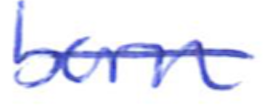
Text: born
Cross-out: single-line
Writing tool: ballpoint